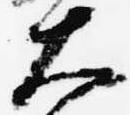
大